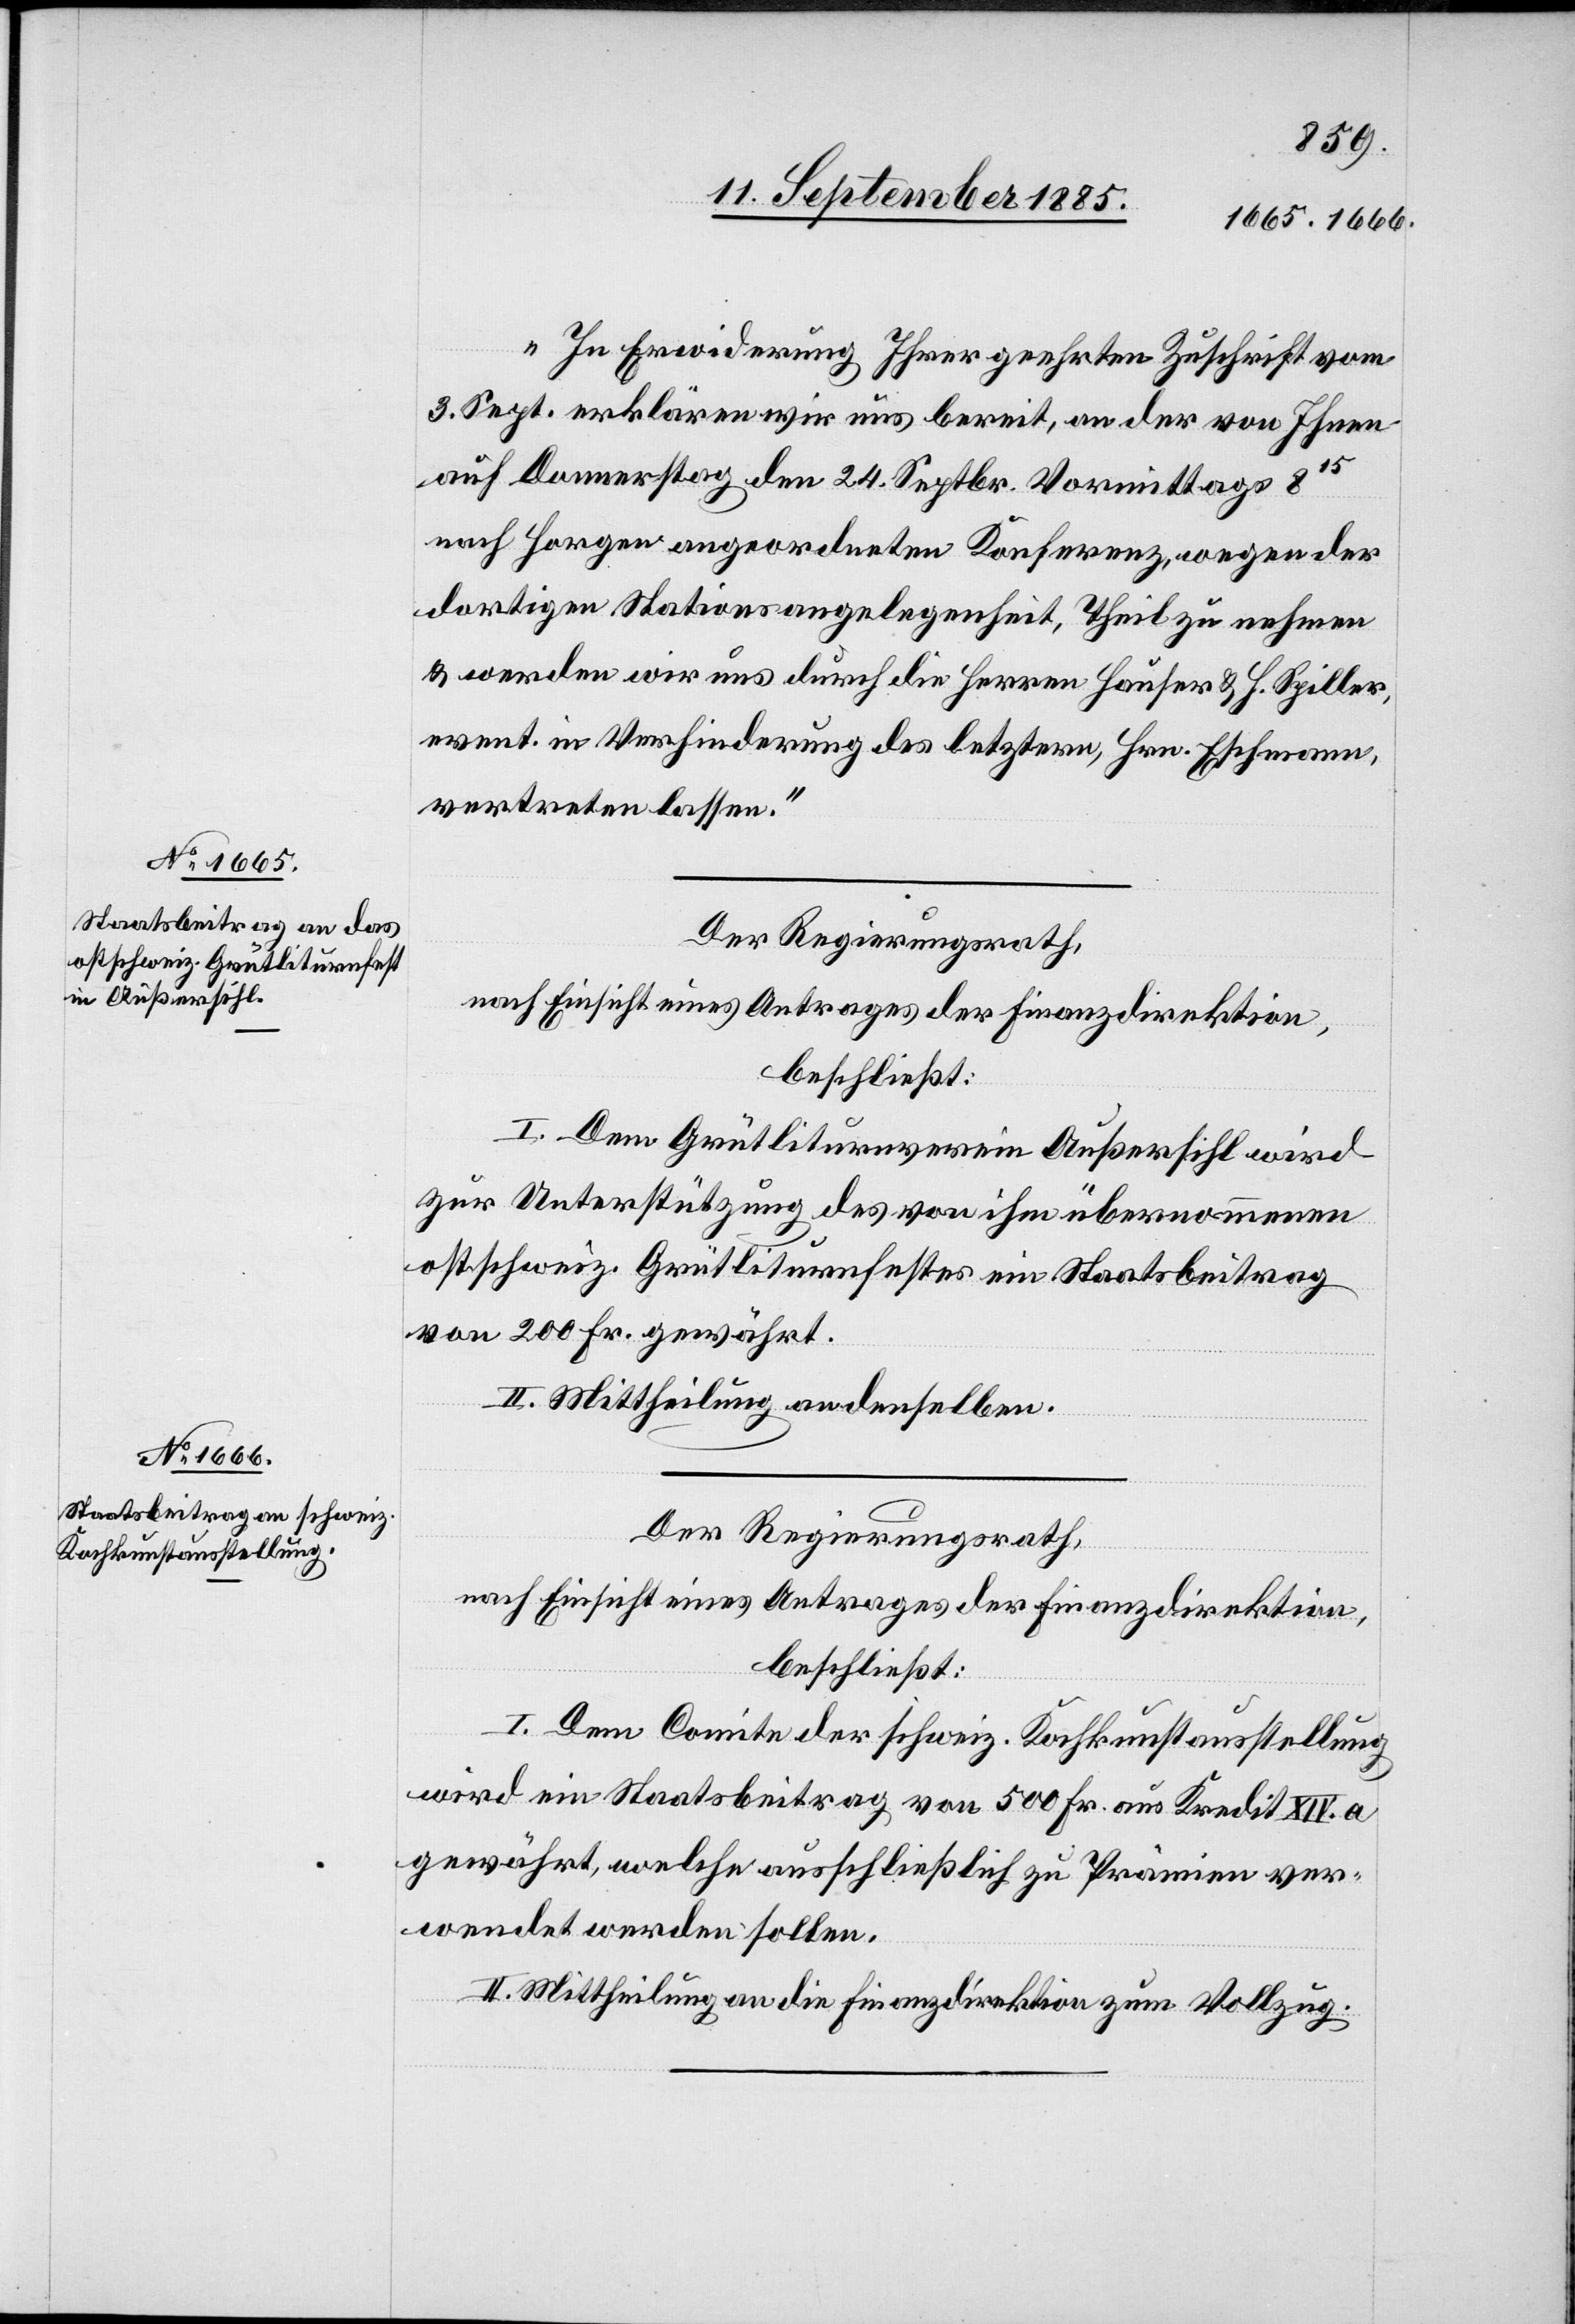
„In Erwiderung Ihrer geehrten Zuschrift vom
3. Sept. erklären wir uns bereit, an der von Ihnen
auf Donnerstag den 24. Septbr. Vormittags 815
nach Horgen angeordneten Konferenz wegen der
dortigen Stationsangelegenheit, Theil zu nehmen
& werden wir uns durch die Herren Hauser & H. Spiller,
event. in Verhinderung des letztern, Hrn. Eschmann,
vertreten lassen.“
Der Regierungsrath,
nach Einsicht eines Antrages der Finanzdirektion,
beschließt:
I. Dem Grütliturnverein Außersihl wird
zur Unterstützung des von ihm übernommenen
ostschweiz. Grütliturnfestes ein Staatsbeitrag
von 200 Fr. gewährt.
II. Mittheilung an denselben.
Der Regierungsrath,
nach Einsicht eines Antrages der Finanzdirektion,
beschließt:
I. Dem Comite der schweiz. Kochkunstausstellung
wird ein Staatsbeitrag von 500 Fr. aus Kredit XIV. a
gewährt, welche ausschließlich zu Prämien ver¬
wendet werden sollen.
II. Mittheilung an die Finanzdirektion zum Vollzug.